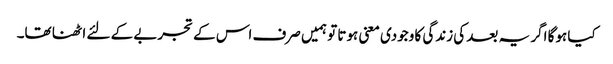
کیا ہوگا اگر یہ بعد کی زندگی کا وجودی معنی ہوتا تو ہمیں صرف اس کے تجربے کے لئے اٹھنا تھا۔